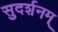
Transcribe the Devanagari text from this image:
सुदर्शनम्